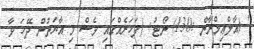
' (އާލްޢިމްރާން :130) ނޯޓު: (ފަހަރެއްގައި ވެސް މި އާޔަތުން ދޭހަ ވާ